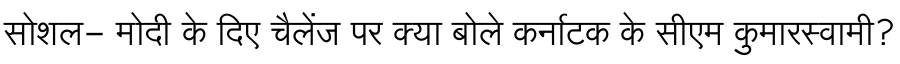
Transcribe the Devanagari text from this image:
सोशल- मोदी के दिए चैलेंज पर क्या बोले कर्नाटक के सीएम कुमारस्वामी?